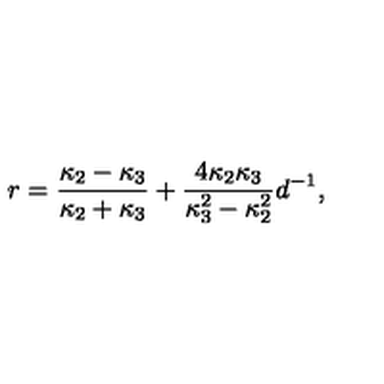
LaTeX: r = { \frac { \kappa _ { 2 } - \kappa _ { 3 } } { \kappa _ { 2 } + \kappa _ { 3 } } } + { \frac { 4 \kappa _ { 2 } \kappa _ { 3 } } { \kappa _ { 3 } ^ { 2 } - \kappa _ { 2 } ^ { 2 } } } d ^ { - 1 } ,